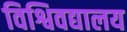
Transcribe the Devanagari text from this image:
विश्विवद्यालय